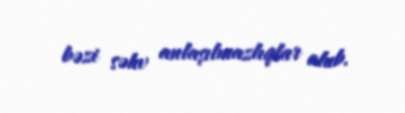
bəzi səhv anlaşılmazlıqlar olub.